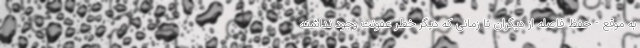
به موقع - حفظ فاصله از دیگران تا زمانی که دیگر خطر عفونت وجود نداشته